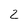
Character: 2